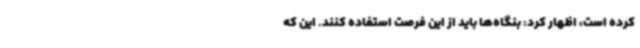
کرده است، اظهار کرد: بنگاه‌ها باید از این فرصت استفاده کنند. این که